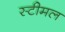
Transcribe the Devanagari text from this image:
स्टीमल